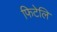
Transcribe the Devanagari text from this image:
फिटेलि